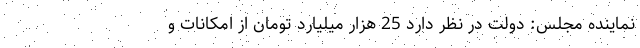
نماینده مجلس: دولت در نظر دارد 25 هزار میلیارد تومان از امکانات و